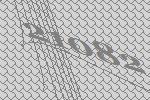
21082